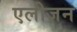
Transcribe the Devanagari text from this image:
एलीज़न